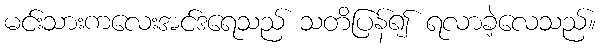
မင်းသားကလေးအင်ဒရေသည် သတိပြန်၍ ရလာခဲ့လေသည်။